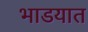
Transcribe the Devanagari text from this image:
भाडयात